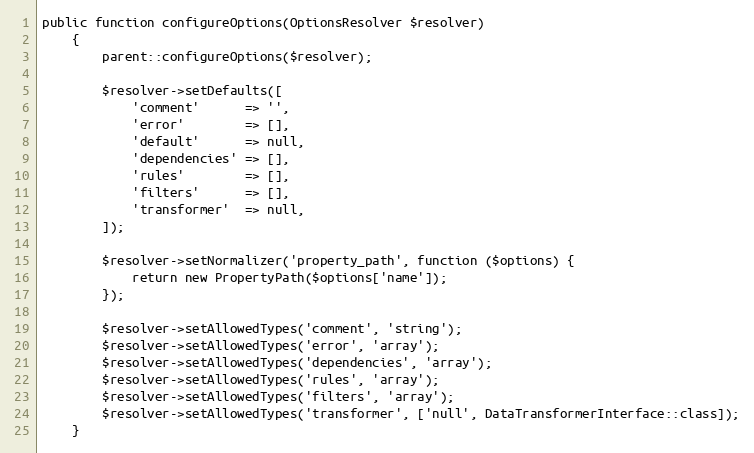
Language: PHP
public function configureOptions(OptionsResolver $resolver)
    {
        parent::configureOptions($resolver);

        $resolver->setDefaults([
            'comment'      => '',
            'error'        => [],
            'default'      => null,
            'dependencies' => [],
            'rules'        => [],
            'filters'      => [],
            'transformer'  => null,
        ]);

        $resolver->setNormalizer('property_path', function ($options) {
            return new PropertyPath($options['name']);
        });

        $resolver->setAllowedTypes('comment', 'string');
        $resolver->setAllowedTypes('error', 'array');
        $resolver->setAllowedTypes('dependencies', 'array');
        $resolver->setAllowedTypes('rules', 'array');
        $resolver->setAllowedTypes('filters', 'array');
        $resolver->setAllowedTypes('transformer', ['null', DataTransformerInterface::class]);
    }